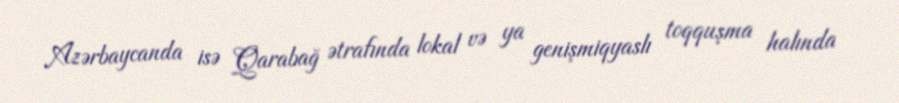
Azərbaycanda isə Qarabağ ətrafında lokal və ya genişmiqyaslı toqquşma halında